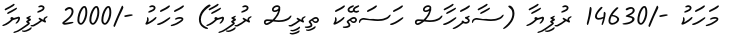
މަހަކު -/14630 ރުފިޔާ (ސާދަހާސް ހަސަތޭކަ ތިރީސް ރުފިޔާ) މަހަކު -/2000 ރުފިޔާ